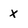
Character: x